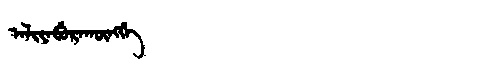
Manchu: ᠠᠯᡳᠶᠠᠪᡠᡵᠠᡴᡡᠩᡤᡝ
Romanization: ALIYABURAKŪNGGE